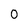
Character: 0